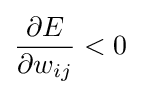
{\frac {\partial E}{\partial w_{ij}}}<0